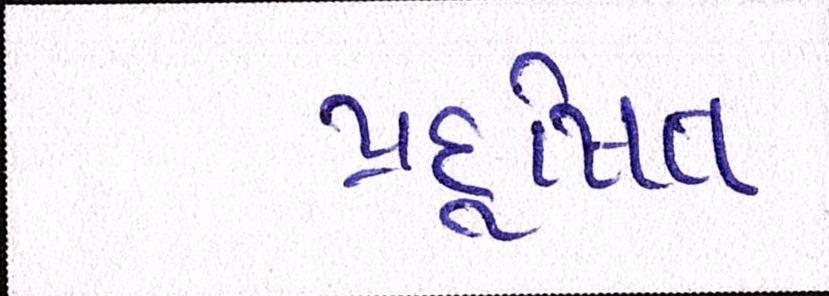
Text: પ્રદુષિત